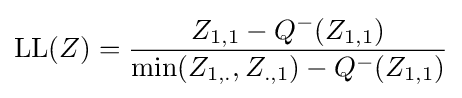
{\text{LL}}(Z)={\frac {Z_{1,1}-Q^{-}(Z_{1,1})}{{\text{min}}(Z_{1,.},Z_{.,1})-Q^{-}(Z_{1,1})}}